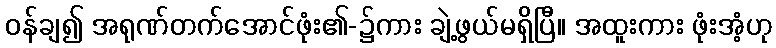
ဝန်ချ၍ အရုဏ်တက်အောင်ဖုံး၏-၌ကား ချဲ့ဖွယ်မရှိပြီ။ အထူးကား ဖုံးအံ့ဟု